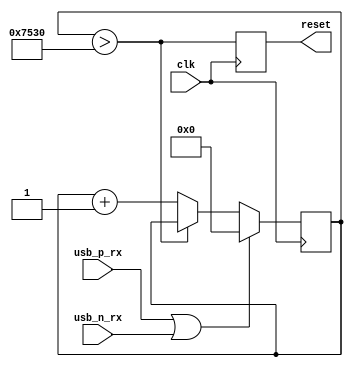
// detects USB port reset signal from host
module usb_reset_det (
  input clk,
  output reset,

  input usb_p_rx,
  input usb_n_rx
);
  // reset detection
  reg [16:0] reset_timer = 0;
  reg reset_i = 0;


  wire timer_expired = reset_timer > 16'd30000;
  always @(posedge clk) reset_i <= timer_expired;
  assign reset = reset_i;
 
  
  always @(posedge clk) begin
    if (usb_p_rx || usb_n_rx) begin
      reset_timer <= 0;
    end else begin
      // SE0 detected from host
      if (!timer_expired) begin
        // timer not expired yet, keep counting
        reset_timer <= reset_timer + 1;
      end
    end
  end
  
endmodule